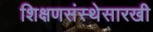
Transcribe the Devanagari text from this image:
शिक्षणसंस्थेसारखी